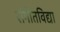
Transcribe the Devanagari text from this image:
संगीतविद्या